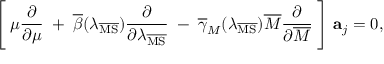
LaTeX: \Biggl [ \; \mu \frac { \partial } { \partial \mu } \; + \; \overline { { { \beta } } } ( \lambda _ { \overline { { { \mathrm { M S } } } } } ) \frac { \partial } { \partial \lambda _ { \overline { { { \mathrm { M S } } } } } } \; - \; \overline { { { \gamma } } } _ { M } ( \lambda _ { \overline { { { \mathrm { M S } } } } } ) \overline { { { M } } } \frac { \partial } { \partial \overline { { { M } } } } \; \Biggr ] \; { \bf a } _ { j } = 0 ,